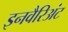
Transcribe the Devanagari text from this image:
इनवैरिअंट